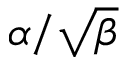
\alpha / \sqrt \beta